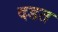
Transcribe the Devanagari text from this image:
दडत